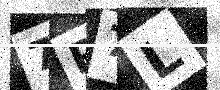
Text: 7P7L